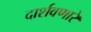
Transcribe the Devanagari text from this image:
दार्शवणारे